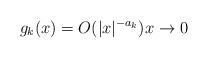
LaTeX: \begin{align*} g_k(x) = O(|x|^{-a_k}) x\to 0\end{align*}